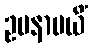
ဥပနာမယိံ